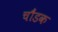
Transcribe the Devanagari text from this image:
चौंडक